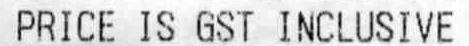
PRICE IS GST INCLUSICVE